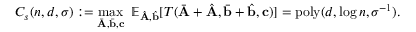
C _ { s } ( n , d , \sigma ) : = \operatorname* { m a x } _ { { \bar { \mathbf { A } } } , { \bar { \mathbf { b } } } , \mathbf { c } } ~ \mathbb { E } _ { { \hat { \mathbf { A } } } , { \hat { \mathbf { b } } } } [ T ( { \bar { \mathbf { A } } } + { \hat { \mathbf { A } } } , { \bar { \mathbf { b } } } + { \hat { \mathbf { b } } } , \mathbf { c } ) ] = \mathrm { { p o l y } } ( d , \log n , \sigma ^ { - 1 } ) .